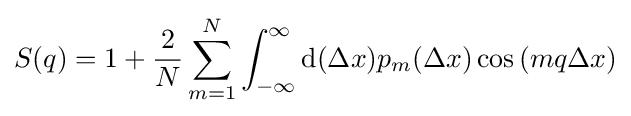
S(q)=1+{\frac {2}{N}}\sum _{m=1}^{N}\int _{-\infty }^{\infty }{\rm {d}}(\Delta x)p_{m}(\Delta x)\cos \left(mq\Delta x\right)